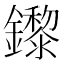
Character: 鑗